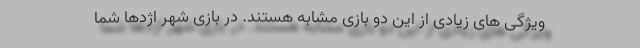
ویژگی های زیادی از این دو بازی مشابه هستند. در بازی شهر اژدها شما